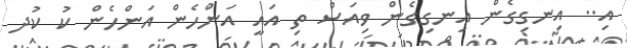
އި.. އިނގިގެން އިނގިގެން ވިއަސް ތިި އައީ އަންހެން އަންހެން ކު ކުދ